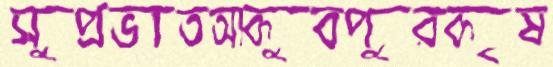
সুপ্রভাতআকুবপুরকৃষ